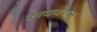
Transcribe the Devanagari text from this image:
बनवावयास